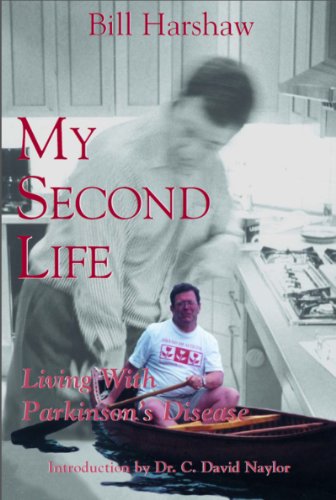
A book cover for My Second Life: Living with Parkinson's Disease; William A. Harshaw; Health, Fitness & Dieting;